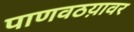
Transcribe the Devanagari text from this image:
पाणवठय़ावर